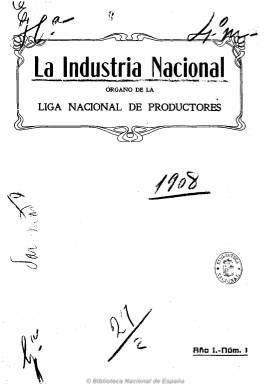
Título: La Industria nacional (Madrid)
Colección: Industria
Ámbito geográfico: Madrid
Lugar de publicación: Madrid
Fechas: 30/01/1908-30/06/1936

Órgano de la Liga Nacional de Productores, patronal que defendió especialmente a la gran industria vasca del acero, pero también a la textil catalana y a los propios trigueros castellanos, desde posiciones rigurosamente proteccionistas. Es continuadora de Revista nacional, y con periodicidad mensual, en números de unas dieciséis páginas, tuvo larga vida, pues desapareció al estallar la guerra civil, en julio de 1936. No inserta ninguna ilustración ni fotografía, y sus textos están integrados por artículos, crónicas y noticias sobre economía, comercio exterior, transportes (especialmente, el ferrocarril), los mercados de materias primas y bursátiles, coyuntura económica, hacienda pública, política social y de trabajo, educación y enseñanza mercantil, disposiciones legales, etc. También insertó anuncios publicitarios y fue un medio de propaganda de las ideas proteccionistas, además de informar de la gestión, memorias y proyectos de la propia liga.